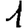
Digit: 1